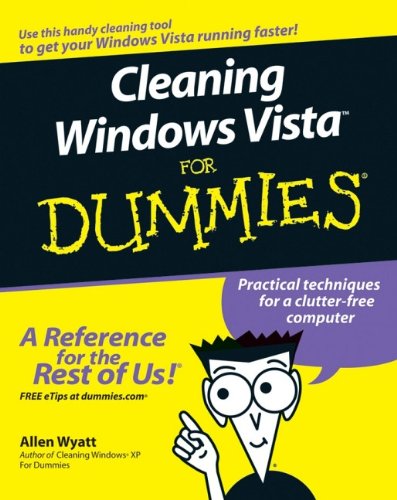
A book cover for Cleaning Windows Vista For Dummies; Allen Wyatt; Computers & Technology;